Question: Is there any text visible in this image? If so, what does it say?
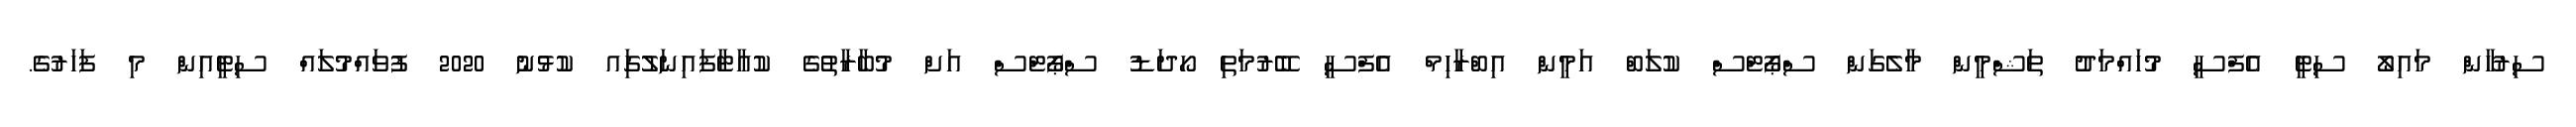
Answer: ސިރުހާން މައިލޯ ސިޓީ އެފްސީ މުހައްމަދު ތަޝްމީން މާލެގަން ސްޕޯޓްސް ކުލަބް އަމީން އިބްރާހިމް އެފްސީ ބޭރުމަތި ހޯދަޑު ސްޕޯޓްސް އަށް މުބާރާތުގެ ކުއާޓާފައިނަލުގަިއ ކުޅުނު 2020 ފުވައްމުލައް ސިޓީއިން މި ފަހަރުގެ.